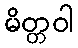
မိတ္တဝါ